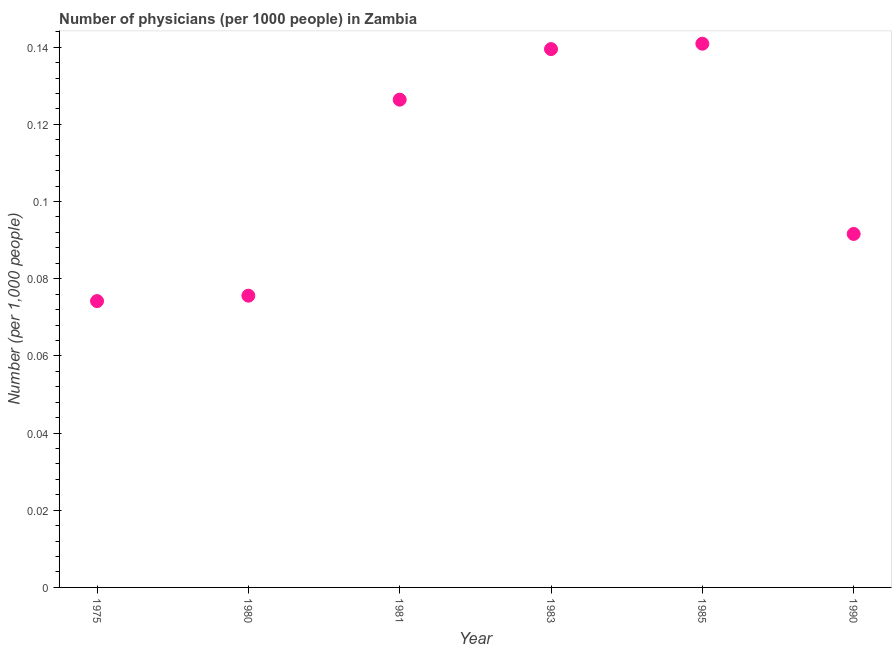
| Year | Physicians |
 | --- | --- |
 | 1975 | 0.0742 |
 | 1980 | 0.0756 |
 | 1981 | 0.126 |
 | 1983 | 0.14 |
 | 1985 | 0.141 |
 | 1990 | 0.0916 |